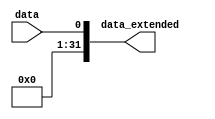
module sign_extender1_32(
    input wire data, 
    output wire [31:0] data_extended
);
    
    assign data_extended = {{31{1'b0}}, data};
    
endmodule